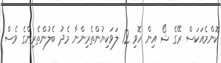
ކޮންމެއަަކަސް ރޭގެ ޝޯ އިން ހޮވި 12 ލަވަކިޔުންތެރިންނާ މެދު ބެލުންތެރިންގެ ވެސް